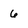
Character: 6